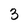
Character: 3